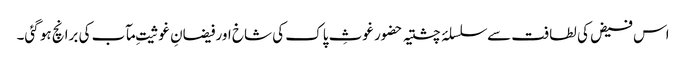
اس فیض کی لطافت سے سلسلۂ چشتیہ حضور غوثِ پاک کی شاخ اور فیضانِ غوثیتِ مآب کی برانچ ہو گئی۔